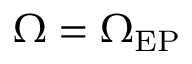
\Omega = \Omega _ { \mathrm { E P } }